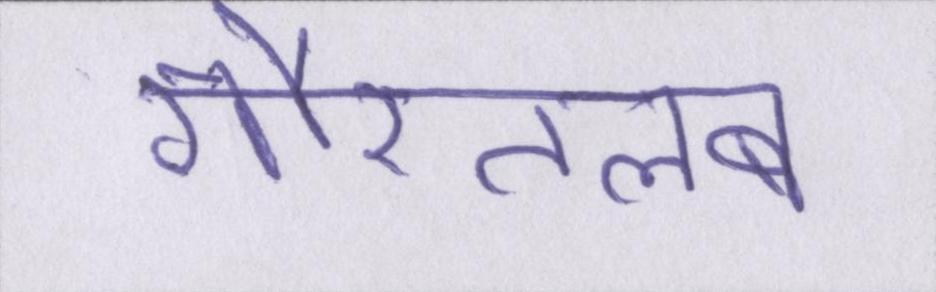
गौरतलब